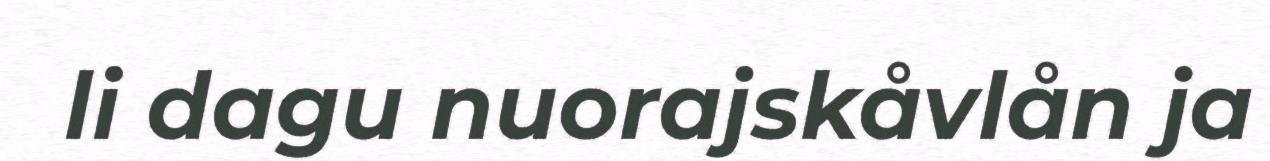
li dagu nuorajskåvlån ja